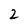
Character: 2